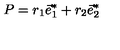
P = r _ { 1 } \vec { e } _ { 1 } ^ { * } + r _ { 2 } \vec { e } _ { 2 } ^ { * }